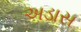
અડાસ